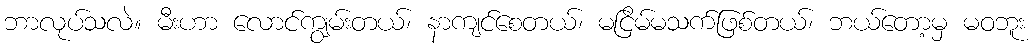
ဘာလုပ်သလဲ။ မီးဟာ လောင်ကျွမ်းတယ်၊ နာကျင်စေတယ်၊ မငြိမ်မသက်ဖြစ်တယ်၊ ဘယ်တော့မှ မဝဘူး